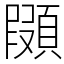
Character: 䫗